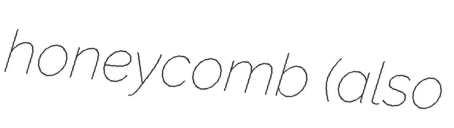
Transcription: honeycomb (also